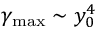
\gamma _ { \mathrm { { m a x } } } \sim y _ { 0 } ^ { 4 }